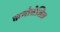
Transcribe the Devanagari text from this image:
कमोत्तेजित